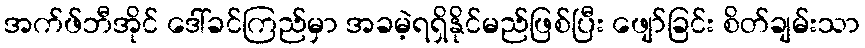
အက်ဖ်ဘီအိုင် ဒေါ်ခင်ကြည်မှာ အခမဲ့ရရှိနိုင်မည်ဖြစ်ပြီး ဖျော်ခြင်း စိတ်ချမ်းသာ